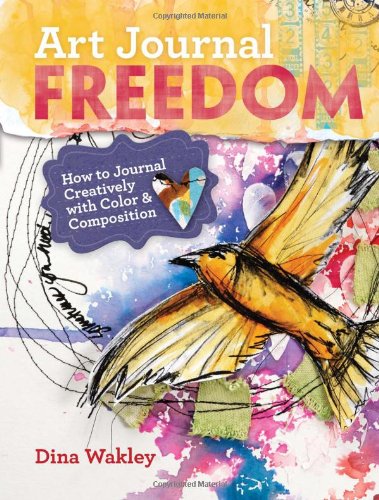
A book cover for Art Journal Freedom: How to Journal Creatively With Color & Composition; Dina Wakley; Crafts, Hobbies & Home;